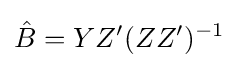
{\hat {B}}=YZ'(ZZ')^{-1}